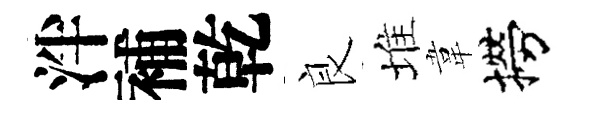
泮補乾良堆韋撈